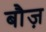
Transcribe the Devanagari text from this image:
बौज़